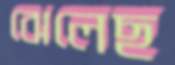
ঝেলেছ